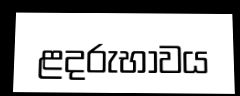
ළදරුභාවය